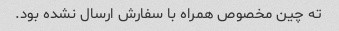
ته چین مخصوص همراه با سفارش ارسال نشده بود.